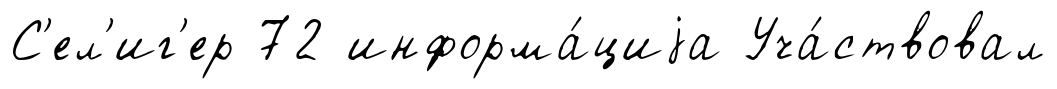
С'ел'иг'ер 72 информа́циjа Уча́ствовал